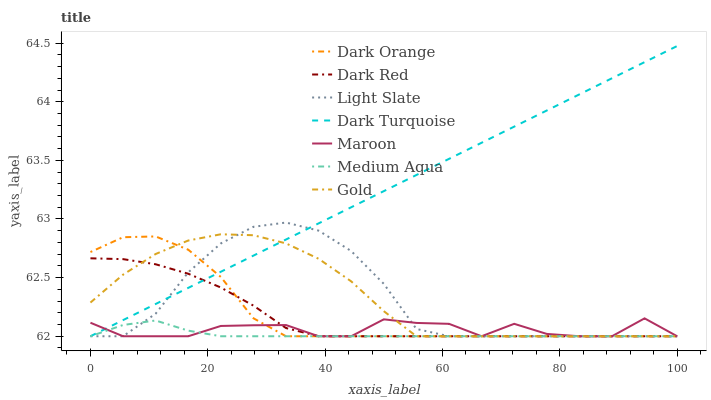
| xaxis_label | Dark Orange | Dark Red | Light Slate | Dark Turquoise | Maroon | Medium Aqua | Gold |
 | --- | --- | --- | --- | --- | --- | --- | --- |
 | 0 | 62.7 | 62.7 | 62 | 62 | 62.1 | 62 | 62.3 |
 | 5.56 | 62.8 | 62.7 | 62 | 62.1 | 62 | 62.1 | 62.5 |
 | 11.1 | 62.9 | 62.6 | 62.2 | 62.3 | 62 | 62.1 | 62.7 |
 | 16.7 | 62.7 | 62.5 | 62.5 | 62.4 | 62 | 62 | 62.8 |
 | 22.2 | 62.5 | 62.4 | 62.8 | 62.6 | 62.1 | 62 | 62.9 |
 | 27.8 | 62.2 | 62.3 | 62.9 | 62.7 | 62.1 | 62 | 62.9 |
 | 33.3 | 62 | 62.1 | 63 | 62.8 | 62.1 | 62 | 62.8 |
 | 38.9 | 62 | 62 | 62.9 | 63 | 62 | 62 | 62.7 |
 | 44.4 | 62 | 62 | 62.7 | 63.1 | 62 | 62 | 62.5 |
 | 50 | 62 | 62 | 62.4 | 63.2 | 62.1 | 62 | 62.2 |
 | 55.6 | 62 | 62 | 62.1 | 63.4 | 62.1 | 62 | 62 |
 | 61.1 | 62 | 62 | 62 | 63.5 | 62.1 | 62 | 62 |
 | 66.7 | 62 | 62 | 62 | 63.7 | 62 | 62 | 62 |
 | 72.2 | 62 | 62 | 62 | 63.8 | 62.1 | 62 | 62 |
 | 77.8 | 62 | 62 | 62 | 63.9 | 62 | 62 | 62 |
 | 83.3 | 62 | 62 | 62 | 64.1 | 62 | 62 | 62 |
 | 88.9 | 62 | 62 | 62 | 64.2 | 62 | 62 | 62 |
 | 94.4 | 62 | 62 | 62 | 64.3 | 62.2 | 62 | 62 |
 | 100 | 62 | 62 | 62 | 64.5 | 62 | 62 | 62 |